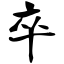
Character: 卒